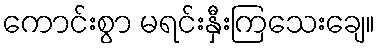
ကောင်းစွာ မရင်းနှီးကြသေးချေ။